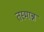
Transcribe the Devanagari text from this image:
तस्मान्न